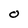
Character: O